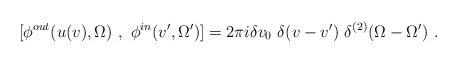
\begin{align*}~[\phi^{out}(u(v), \Omega)~,~\phi^{in}(v', \Omega')]=2 \pi i\delta v_{0}~\delta(v-v')~\delta^{(2)}(\Omega - \Omega')~. \end{align*}